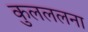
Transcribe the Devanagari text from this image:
कुलललना